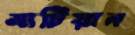
মার্টিয়ান